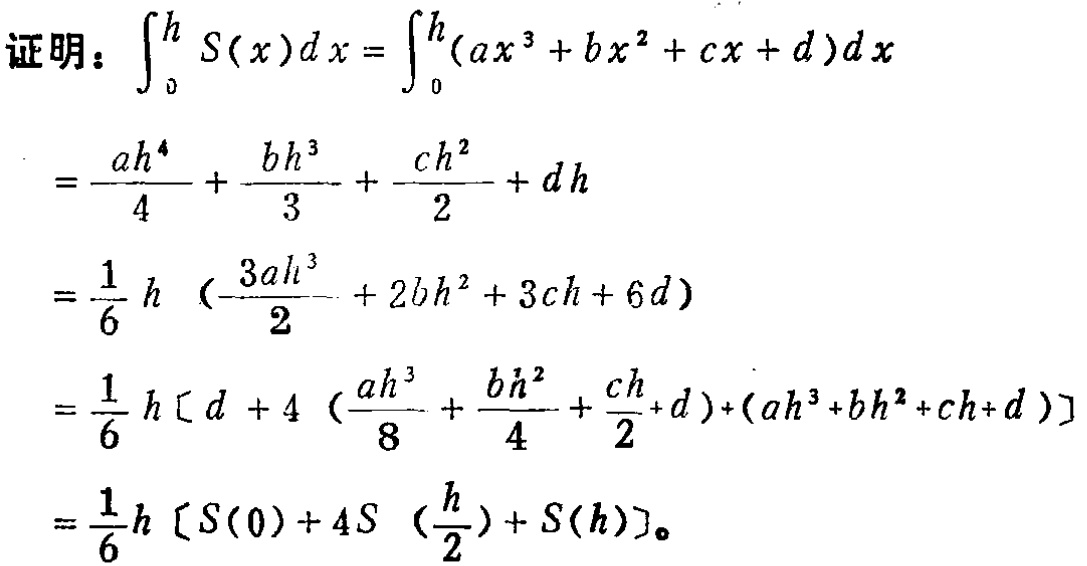
证明：
\begin{align*}
\int_{0}^{h} S(x)dx&=\int_{0}^{h}(ax^{3}+bx^{2}+cx + d)dx\\
&=\frac{ah^{4}}{4}+\frac{bh^{3}}{3}+\frac{ch^{2}}{2}+dh\\
&=\frac{1}{6}h\left(\frac{3ah^{3}}{2}+2bh^{2}+3ch + 6d\right)\\
&=\frac{1}{6}h\left[d + 4\left(\frac{ah^{3}}{8}+\frac{bh^{2}}{4}+\frac{ch}{2}+d\right)+(ah^{3}+bh^{2}+ch + d)\right]\\
&=\frac{1}{6}h\left[S(0)+4S\left(\frac{h}{2}\right)+S(h)\right]。
\end{align*}